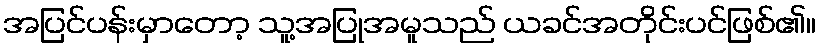
အပြင်ပန်းမှာတော့ သူ့အပြုအမူသည် ယခင်အတိုင်းပင်ဖြစ်၏။